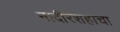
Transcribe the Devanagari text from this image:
नादीरशहाचा